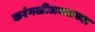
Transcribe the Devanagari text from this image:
करंगळीजवळच्या